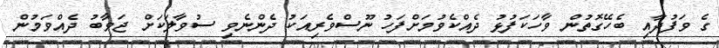
ގެ ވަފުދާއި ބެހޭގޮތުން ވާހަކަފުޅު ދެއްކެވުމަށްފަހު ނޫސްވެރިއަކު ދެންނެވި ސުވާލަކަށް ޖަވާބު ދެއްވަމުން